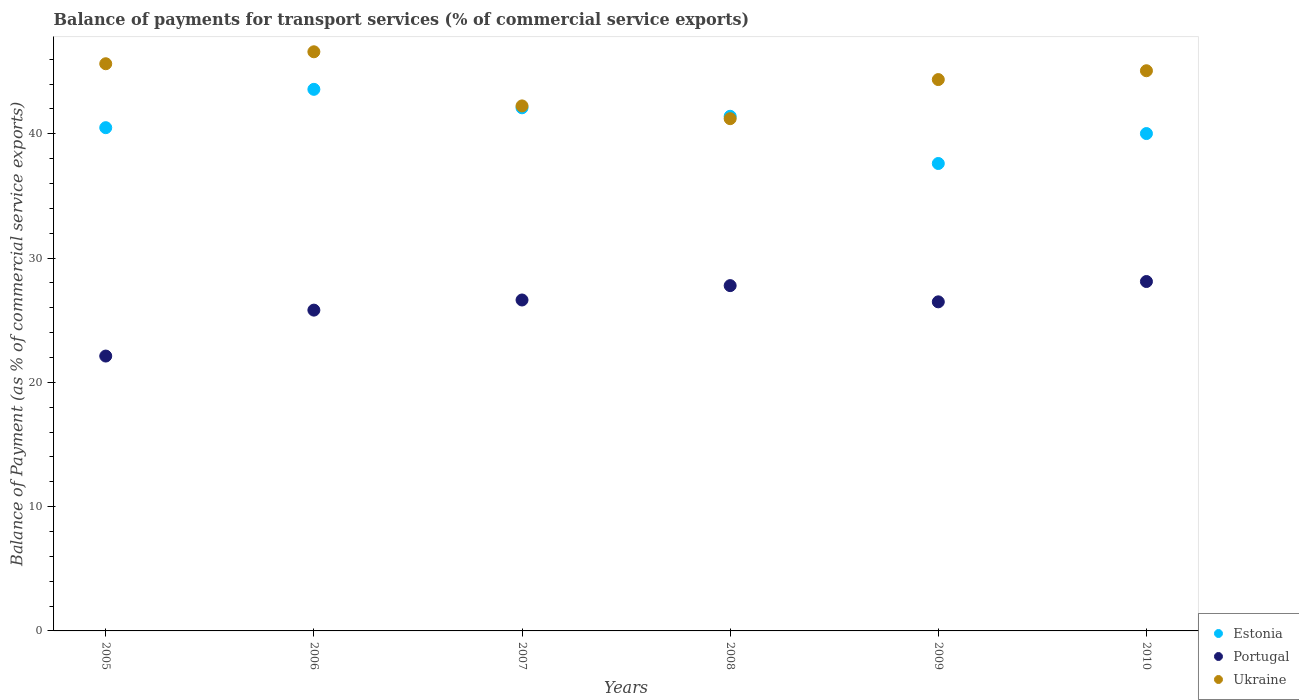
| Years | Estonia | Portugal | Ukraine |
 | --- | --- | --- | --- |
 | 2005 | 40.5 | 22.1 | 45.6 |
 | 2006 | 43.6 | 25.8 | 46.6 |
 | 2007 | 42.1 | 26.6 | 42.2 |
 | 2008 | 41.4 | 27.8 | 41.2 |
 | 2009 | 37.6 | 26.5 | 44.4 |
 | 2010 | 40 | 28.1 | 45.1 |